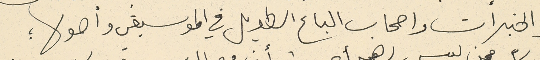
والخبرات واصحاب الباع الطويل في الموسيقى وأصولها ؛